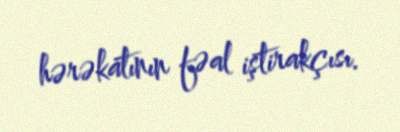
hərəkatının fəal iştirakçısı.